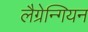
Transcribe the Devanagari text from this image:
लैग्रेन्गियन